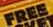
FREE